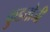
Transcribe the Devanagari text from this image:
कुडतोजी